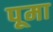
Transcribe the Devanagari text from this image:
पूमा